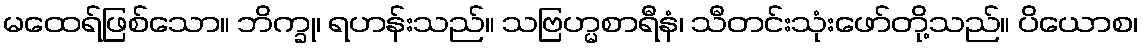
မထေရ်ဖြစ်သော။ ဘိက္ခု၊ ရဟန်းသည်။ သဗြဟ္မစာရီနံ၊ သီတင်းသုံးဖော်တို့သည်။ ပိယောစ၊